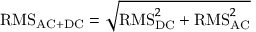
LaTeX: { \mathrm { R M S } } _ { \mathrm { A C + D C } } = { \sqrt { { \mathrm { R M S } } _ { \mathrm { D C } } ^ { 2 } + { \mathrm { R M S } } _ { \mathrm { A C } } ^ { 2 } } }